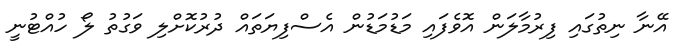
އޭނާ ނިތުގައި ފިރުމާލަން އޮވެފައި މަޑުމަޑުން އެސްފިޔަތައް ދުރުކޮށްލި ވަގުތު ލޯ ހުއްޓުނީ